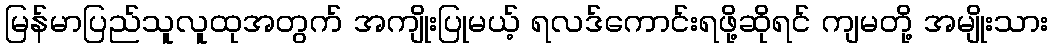
မြန်မာပြည်သူလူထုအတွက် အကျိုးပြုမယ့် ရလဒ်ကောင်းရဖို့ဆိုရင် ကျမတို့ အမျိုးသား